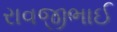
રાવજીભાઈ